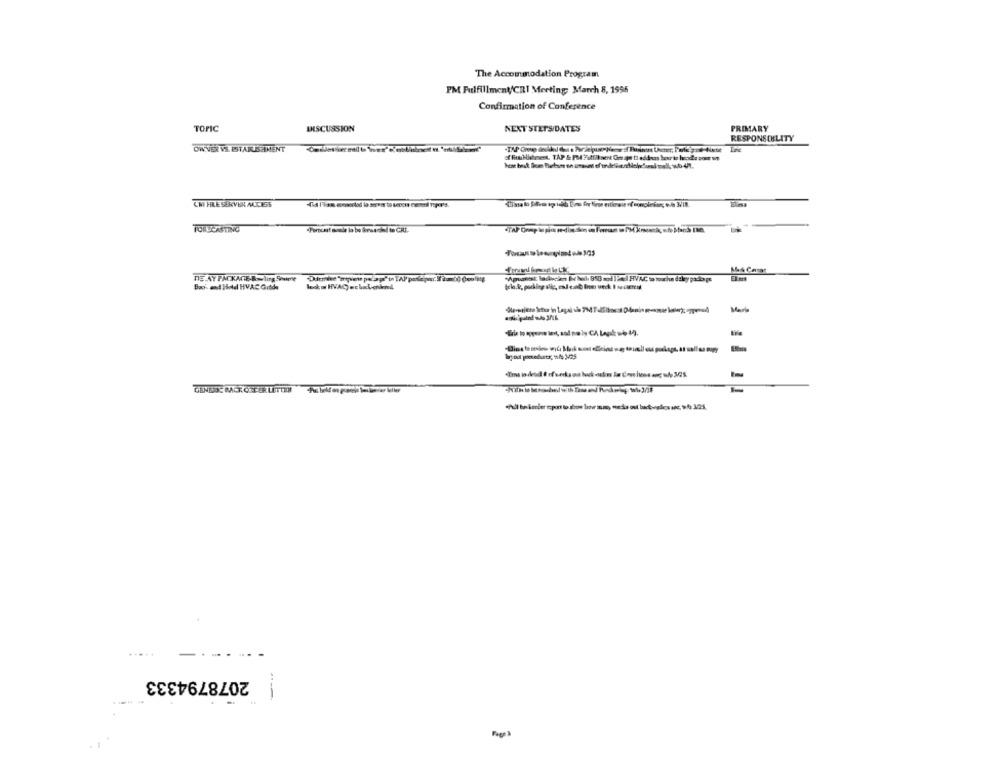
The Accommodation Program
PM Fulfillment/CRI Merting March 8, 1595
Confirmation of Conference
TOPIC
INSCUSSION
NEXT' STETS/DATES
PRIMARY
RESPONSIBLITY
OW VER VS. ESTARUSEMENT
CHI FILE SERVER ALLES
FORECASTING
DE AY PACKAGE-Bowling Saime
*Aguatest ladiçin bv bel 8SB mod 1 24el HVAC to touche deley package
Boo' and Hotel HVAC Grade
Maria
2078794333
Page 3